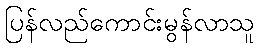
ပြန်လည်ကောင်းမွန်လာသူ